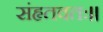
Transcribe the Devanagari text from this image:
संहृतवतः।।